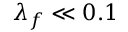
\lambda _ { f } \ll 0 . 1